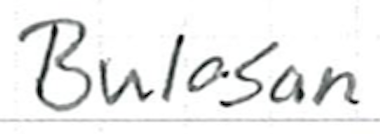
Text: Bulosan
Cross-out: clean
Writing tool: ballpoint